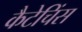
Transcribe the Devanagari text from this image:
कैटेचिंस